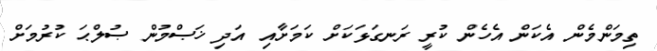
ތިމަންމެން އެކަން އެހެން ކުރީ ރަނގަޅަކަށް ކަމަށާއި އަދި ޚަޞްމުން ޞުލްޙަ ކުރުމަށް